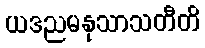
ယဒညမနုသာသတီတိ